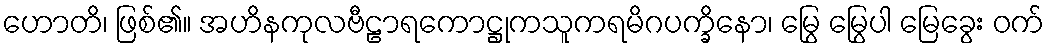
ဟောတိ၊ ဖြစ်၏။ အဟိနကုလဗီဠာရကောဋ္ဌုကသူကရမိဂပက္ခိနော၊ မြွေ မြွေပါ မြေခွေး ဝက်